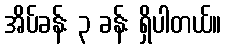
အိပ်ခန်း ၃ ခန်း ရှိပါတယ်။